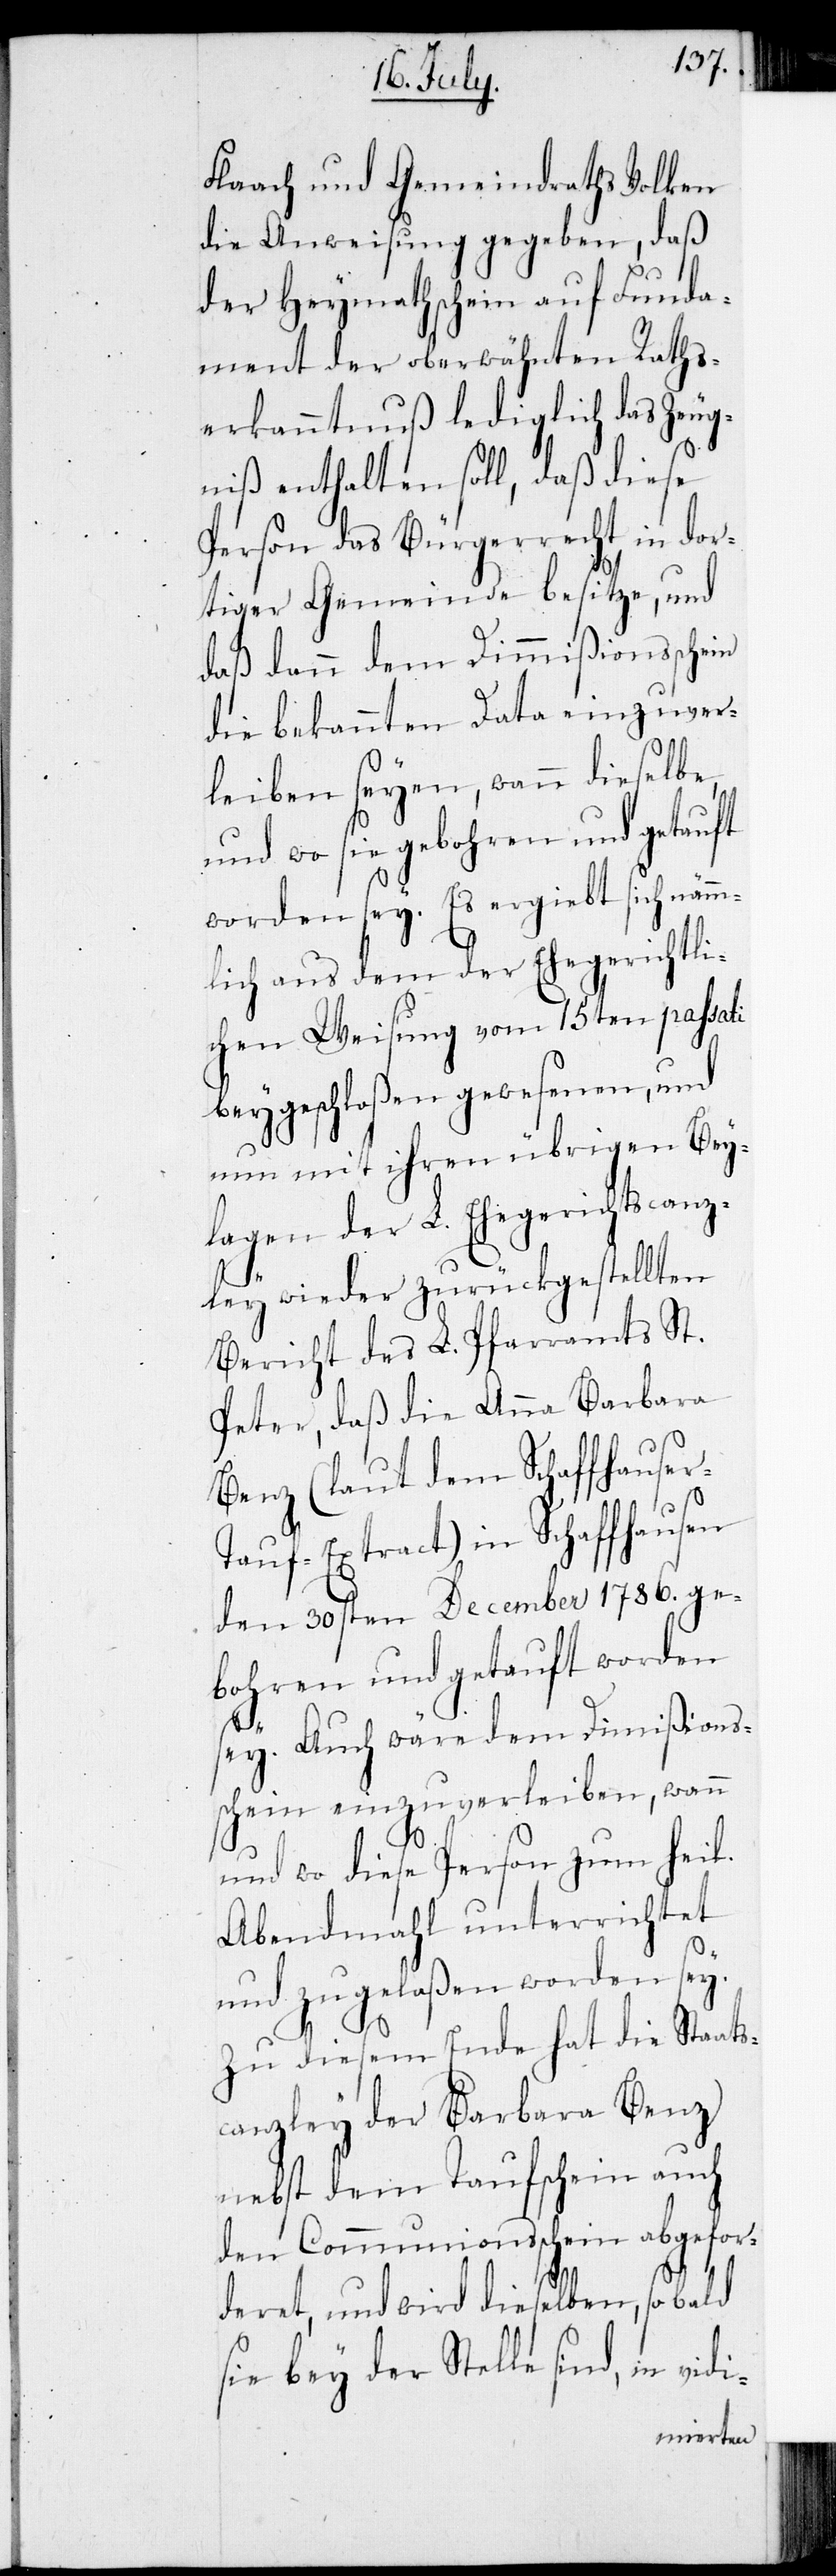
Flaach und Gemeindraths Volken
die Anweisung gegeben, daß
der Heymathschein auf Funda¬
ment der oberwähnten Raths¬
erkanntnuß lediglich das Zeug¬
niß enthalten soll, daß diese
Person das Bürgerrecht in dor¬
tiger Gemeinde besitze, und
daß dann dem Dimmißionsschein
die bekannten Data einzuver¬
leiben seyen, wann dieselbe,
und wo sie gebohren und getauft
worden sey. Es ergiebt sich nämm¬
lich aus dem der Ehegerichtli¬
chen Weisung vom 15ten passati
beygeschloßen gewesenen, und
nun mit ihren übrigen Bey¬
lagen der L. Ehegerichtscanz¬
ley wieder zurückgestellten
Bericht des L. Pfarramts St.
Peter, daß die Anna Barbara
Benz (laut dem Schaffhauser
Tauf-Extract) in Schaffhausen
den 30sten Dezember 1786. ge¬
bohren und getauft worden
sey. Auch wäre dem Dimißions¬
schein einzuverleiben, wann
und wo diese Person zum heil.
Abendmahl unterrichtet
und zugelaßen worden sey.
Zu diesem Ende hat die Staats¬
canzley der Barbara Benz
nebst dem Taufschein auch
den Communionsschein abgefor¬
deret, und wird dieselben, sobald
sie bey der Stelle sind, in